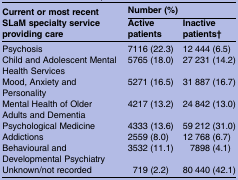
<table><thead><tr><td rowspan="2"><b>Current or most recent SLaM specialty service providing care</b></td><td colspan="2"><b>Number (%)</b></td></tr><tr><td><b>Active patients</b></td><td><b>Inactive patients†</b></td></tr></thead><tbody><tr><td>Psychosis</td><td>7116 (22.3)</td><td>12 444 (6.5)</td></tr><tr><td>Child and Adolescent Mental Health Services</td><td>5765 (18.0)</td><td>27 231 (14.2)</td></tr><tr><td>Mood, Anxiety and Personality</td><td>5271 (16.5)</td><td>31 887 (16.7)</td></tr><tr><td>Mental Health of Older Adults and Dementia</td><td>4217 (13.2)</td><td>24 842 (13.0)</td></tr><tr><td>Psychological Medicine</td><td>4333 (13.6)</td><td>59 212 (31.0)</td></tr><tr><td>Addictions</td><td>2559 (8.0)</td><td>12 768 (6.7)</td></tr><tr><td>Behavioural and Developmental Psychiatry</td><td>3532 (11.1)</td><td>7898 (4.1)</td></tr><tr><td>Unknown/not recorded</td><td>719 (2.2)</td><td>80 440 (42.1)</td></tr></tbody></table>